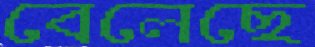
বেলেছে